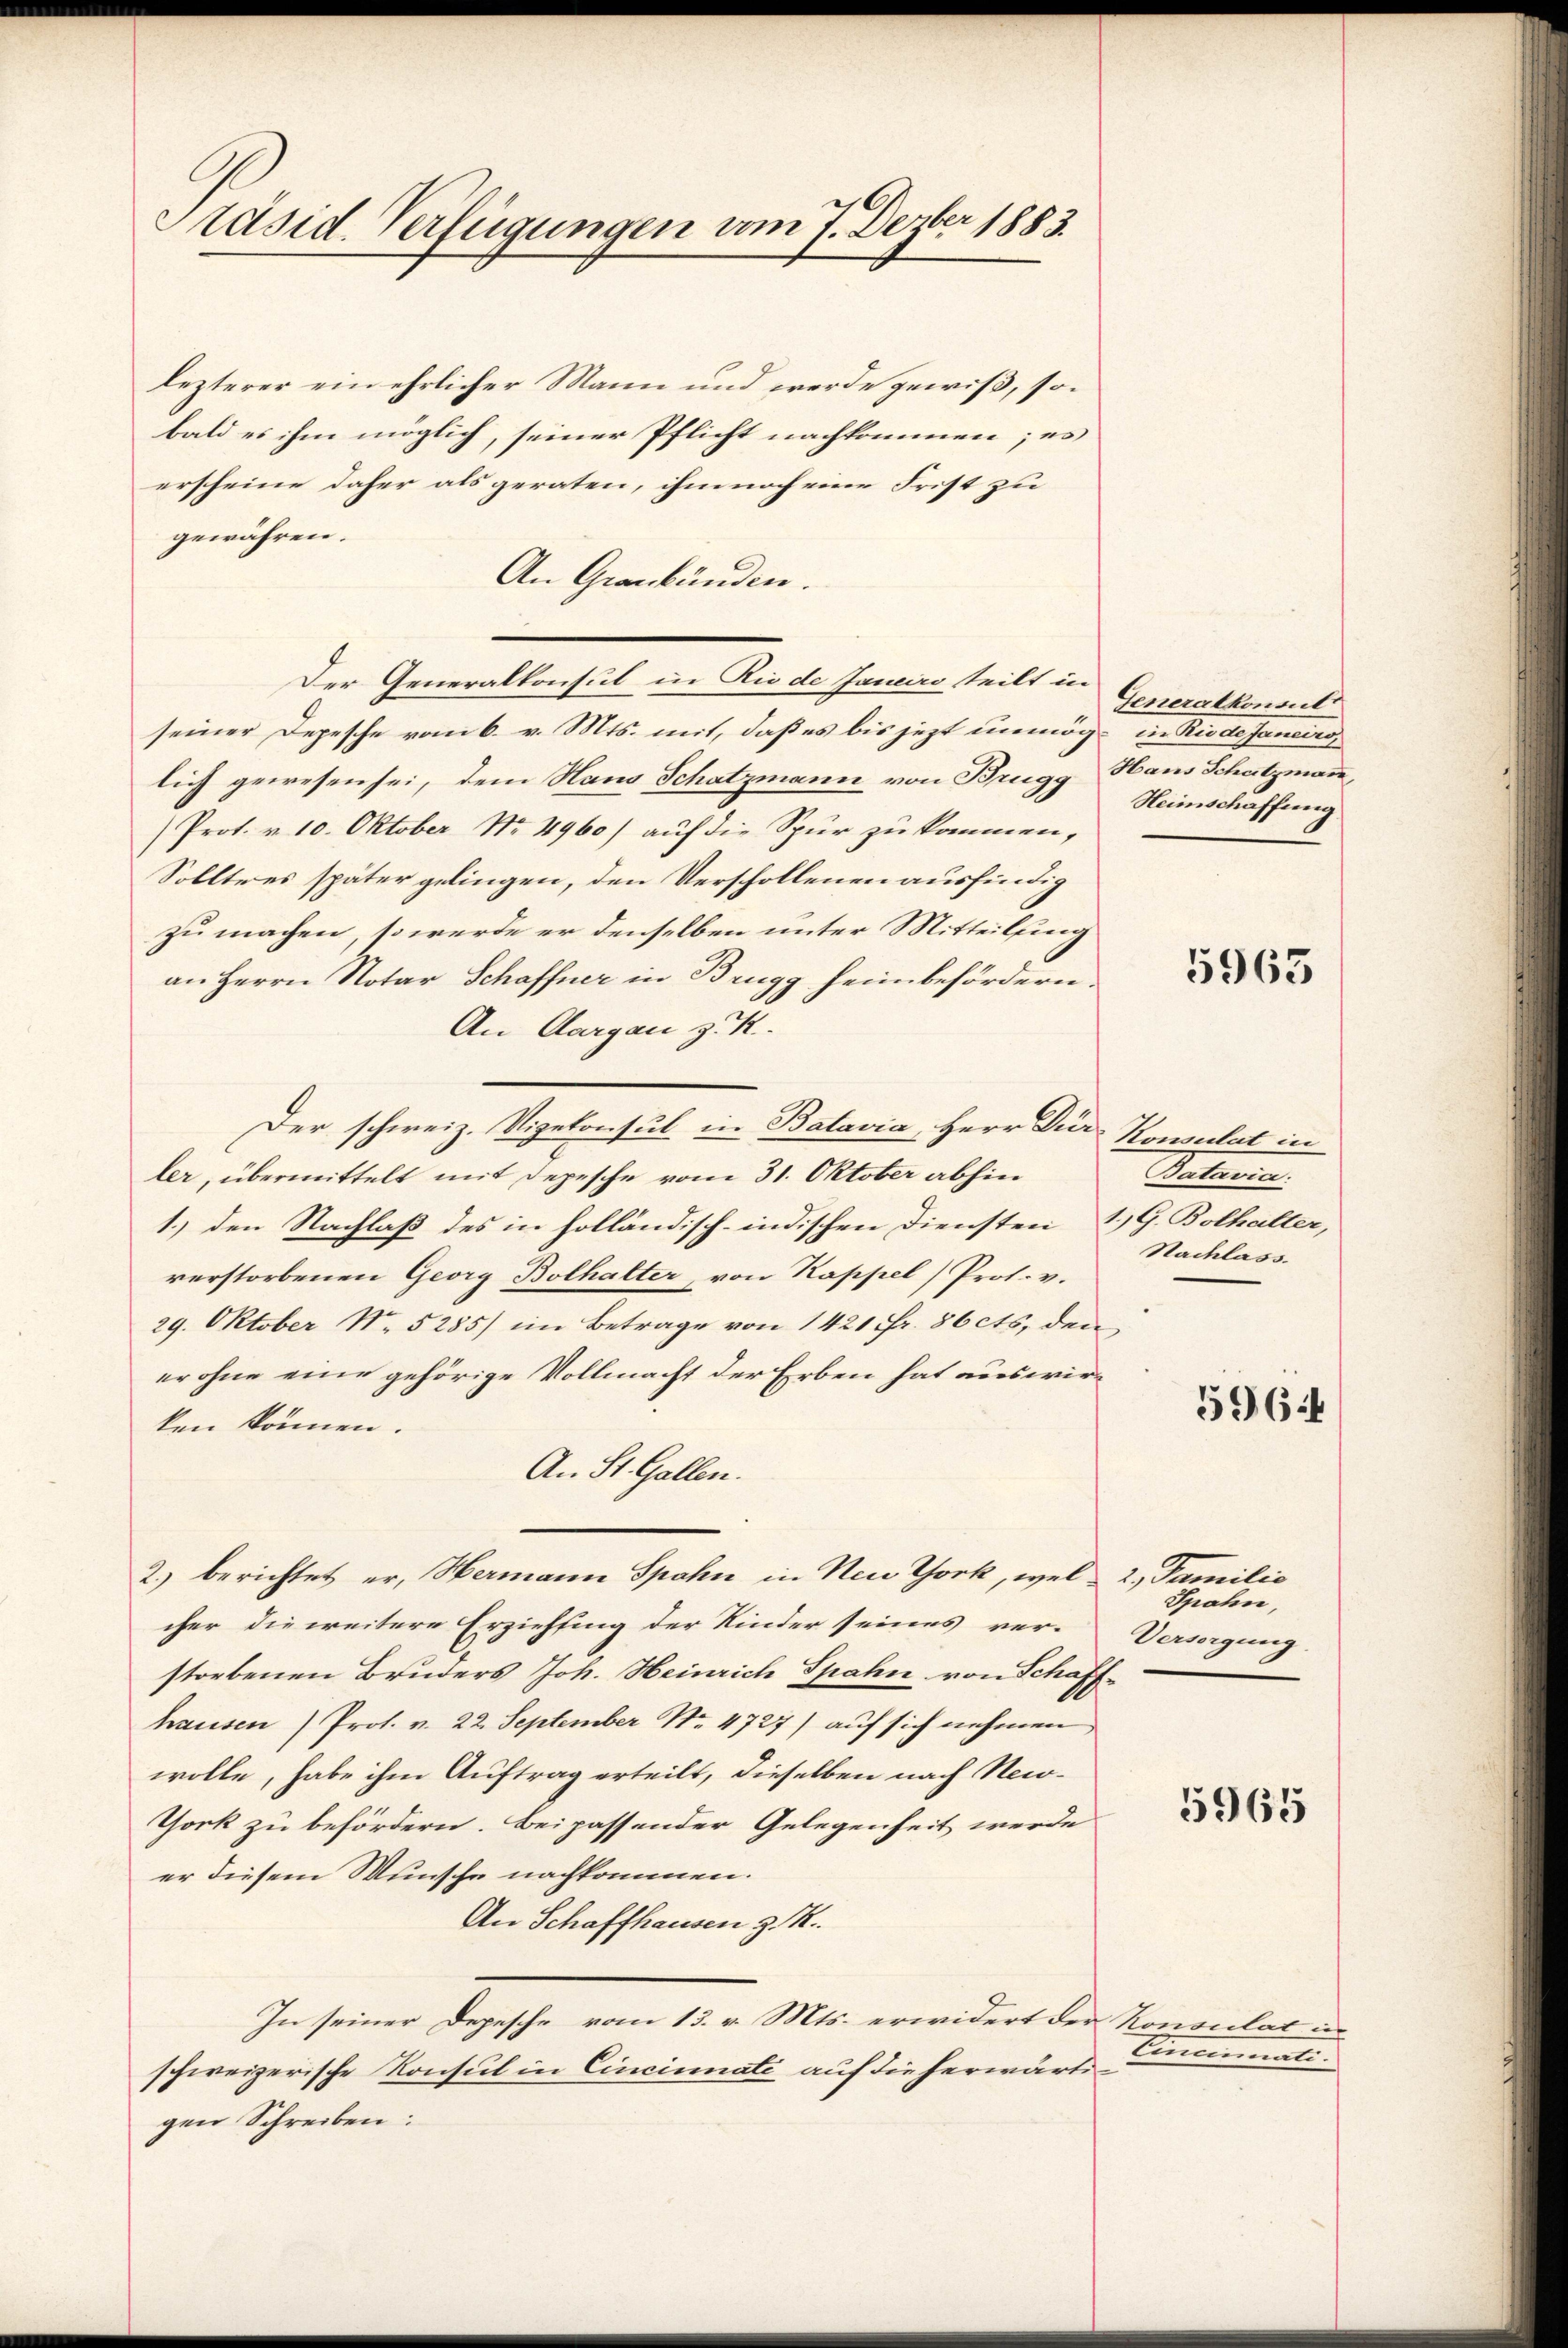
Präsid. Verfügungen vom 7. Dezber 1883.

lezterer ein ehrlicher Mann und werde gewiß, sobald es ihm möglich, seiner Pflicht nachkommen; es
erscheine daher als geraten, ihm noch eine Frist zu
gewähren.
An Graubünden.
Der Generalkonsul in Rio de Janeiro teilt in
seiner Depesche vom 6. v. Mts. mit, daß es bis jezt unmög- in Riede Janeiro
lich gewesen sei, dem Haus Schatzmann von Brugg Haus Schutzmann,
Prot. v. 10. Oktober Nr. 4960) auf die Spur zu kommen,
Solltres später gelingen, den Verschollenen ausfindig
zu machen, so werde er denselben unter Mitteilsing
an Herrn Notar Schaffner in Brugg heim befördern.
An Aargau z. K.
Der schweiz. Vizekonsul in Batavia, Herr Dir Konsulat in
ler, übermittelt mit Depesche vom 31. Oktober abhin
1.) den Nachlaß des in holländisch-indischen Diensten 1) G. Bolhalter,
verstorbenen Georg Bolhalter, von Kappel Prot. v.
29. Oktober N. 5285) im Betrage von 1421 fr. 86 cts, den
er ohne eine gehörige Vollmacht der Erben hat auswirken können.
An St. Gallen.
2.) berichtet er, Hermann Spahn in Neue Thork, welcher die weitere Erziehung der Kinder seines ver-
storbenen Bruders Joh. Heinrich Spahn von Schaffhausen) Prof. v. 22. September No. 4727) auf sich nehmen,
wolle, habe ihm Auftrag erteilt, dieselben nach New-
York zu befördern. Bei passender Gelegenheit werde
er diesem Wunsche nachkommen.
An Schaffhausen z. B.
In seiner Depesche vom 13. v. Mts. erwidert der Konsulat in
schweizerische Konsul in Cincinnate auf die herwärtigen Schreiben:

Generalkonsul
Heimschaffung

5963

Vaterien.
Nachlass.

5964

2., Familie
Spahn,
Versorgung.

5965

Cincinati